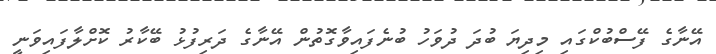
އޭނާގެ ފޭސްބުކްގައި މިދިޔަ ބުދަ ދުވަހު ބުނެފައިވާގޮތުން އޭނާގެ ދަރިފުޅު ބޭކާރު ކޮށްލާފައިވަނީ